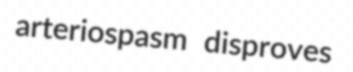
arteriospasm disproves